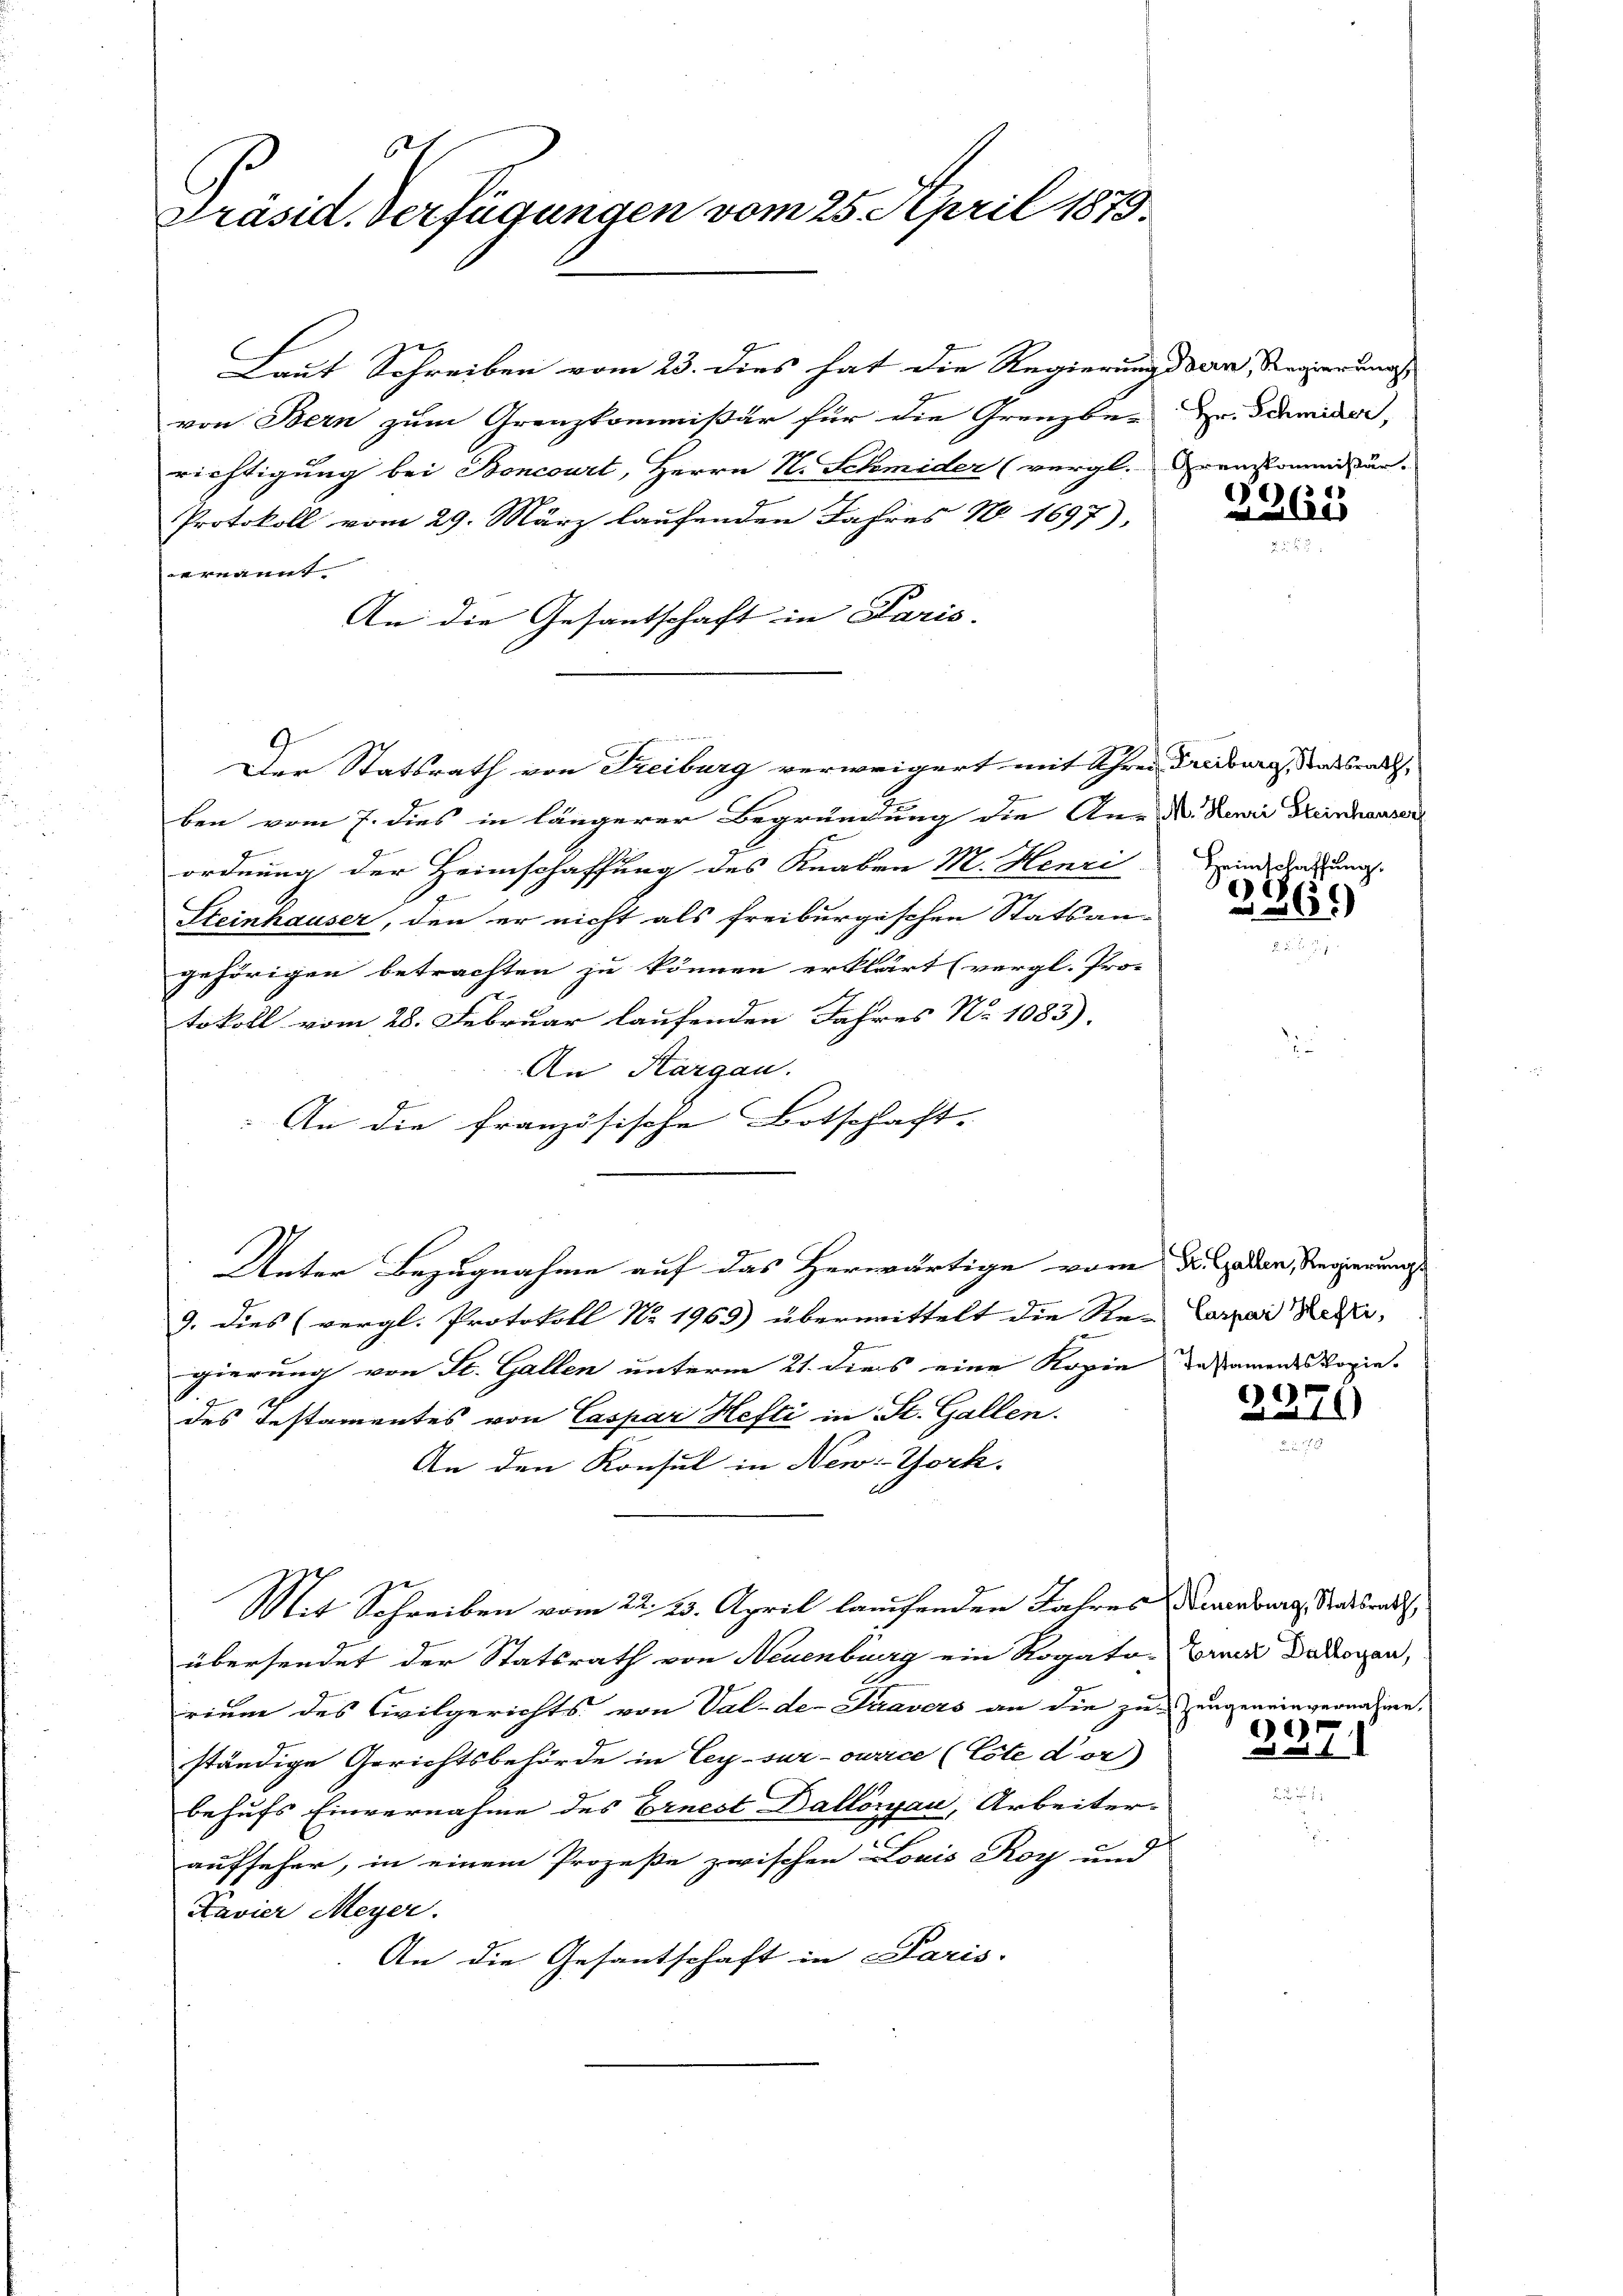
Präsid. Verfügungen vom 25. April 1873.

Laut Schreiben vom 23. dies hat die Regierung der Regierungs
von Bern zum Grenzkommißär für die Grenzber zu demider,
richtigung bei Boncourt, Herrn N. Schmider (vergl. Krenkommisur.
Protokoll vom 29. März laufenden Jahres No 1697),
ernannt
An die Gesantschaft in Paris. |
ben vom 7. dies in längerer Begründung die Ane-V. Renii Heinhauser
ordnung der Heimschaffung des Knaben M. Henri
Steinhauser, den er nicht als freiburgischen Statsan-
gehörigen betrachten zu können erklärt (vergl. Pro-
tokoll vom 28. Februar laufenden Jahres No 1083).
An Kargau.
An die französische Botschaft-
Unter Bezugnahme auf das Herwärtige vor der jeden, Regierungs
9. Dies (vergl. Protokoll No 1963) übermittelt die Re- Carar Reser
gierung von St. Gallen unterm 21. dies eine Kopie das ainen Kopie- |
des Testamentes von Caspar Hefti in St. Gallen.
An den Konsul in New-York,
Mit Schreiben vom 22. 23. April laufenden Jahres Neuenburg, Staatsrath,
übersendet der Statsrath von Neuenburg ein Rogato-Bruck Dadoven,
rium des Civilgerichts von Val-de- Suavers an die zu Zeugeneinvernahme,
ständige Gerichtsbehörde in Ley-sur-ourice (Cote dor
behufs Einvernahme des Ernest Dallörau, Arbeiter-
aufseher, in einem Prozeße zwischen Louis Roy und
Kavier Meyer.
An die Gesantschaft in Paris.

Der Statsrath von Freiburg verweigert mit Schrei Fribourg, Fondsrath

.
x

Heimschaffung
360
2

1
3.10

e
I